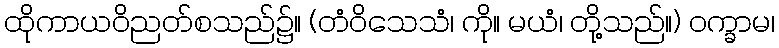
ထိုကာယဝိညတ်စသည်၌။ (တံဝိသေသံ၊ ကို။ မယံ၊ တို့သည်။) ဝက္ခာမ၊